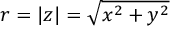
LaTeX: r = | z | = { \sqrt { x ^ { 2 } + y ^ { 2 } } }